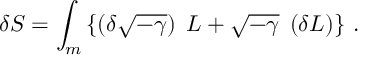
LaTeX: \delta S = \int _ { m } \left\{ \left( \delta \sqrt { - \gamma } \right) \; L + \sqrt { - \gamma } \; \left( \delta L \right) \right\} \, .